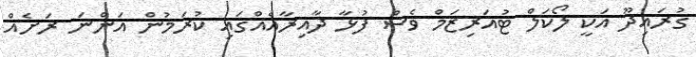
ގުރައިދޫ އަކީ ލޯކަލް ޓުއަރިޒަމް ވެސް ފުޅާ ދާއިރާއެއްގައި ކުރަމުން އަންނަ ރަށެއް